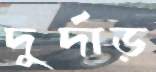
দুর্দাড়